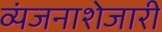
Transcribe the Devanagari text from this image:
व्यंजनाशेजारी